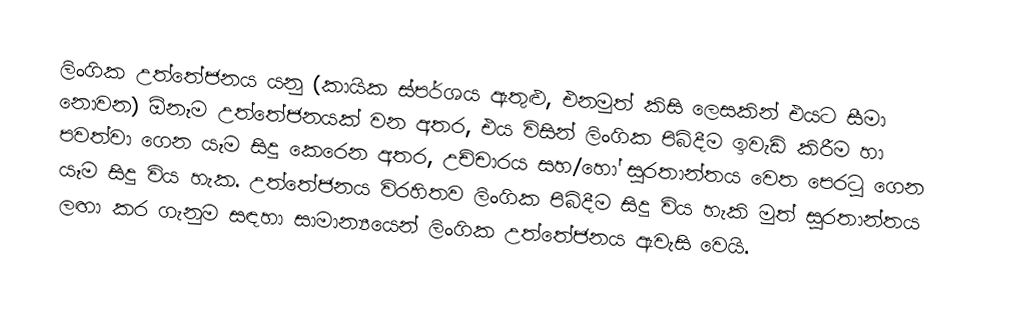
ලිංගික උත්තේජනය යනු (කායික ස්පර්ශය ඇතුළු, එනමුත් කිසි ලෙසකින් එයට සීමා නොවන) ඕනෑම උත්තේජනයක් වන අතර, එය විසින් ලිංගික පිබිදීම ඉවැඩි කිරීම හා පවත්වා ගෙන යෑම සිදු කෙරෙන අතර,  උච්චාරය සහ/හෝ සුරතාන්තය වෙත පෙරටු ගෙන යෑම සිදු විය හැක. උත්තේජනය විරහිතව ලිංගික පිබිදීම සිදු විය හැකි මුත් සුරතාන්තය ලඟා කර ගැනුම සඳහා සාමාන්‍යයෙන් ලිංගික උත්තේජනය ඇවැසි වෙයි.